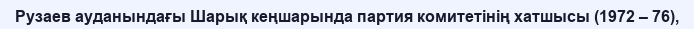
Рузаев ауданындағы Шарық кеңшарында партия комитетінің хатшысы (1972 – 76),